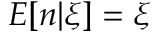
E [ n | \xi ] = \xi